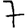
Digit: 7